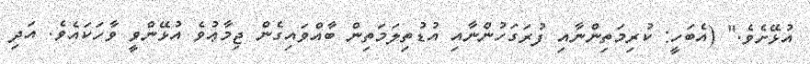
އުޅޭށެވެ." (އެބަހީ: ކުރިމަތިންނާއި ފުރަގަހުންނާއި އުޑުތިލަމަތިން ބާއްވައިގެން ޖިމާޢުވެ އުޅޭންވީ ވާހަކައެވެ. އަދި